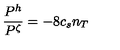
{ \frac { P ^ { h } } { P ^ { \zeta } } = - 8 } c _ { s } n _ { T }